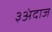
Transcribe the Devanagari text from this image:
३अंदाज